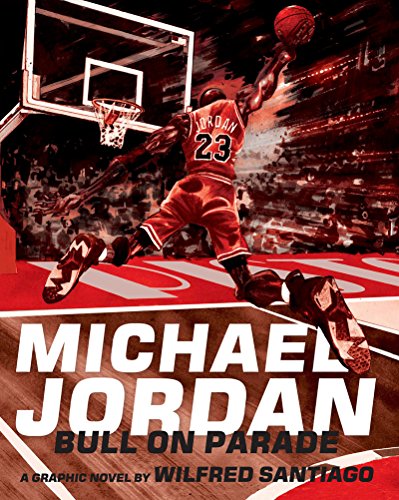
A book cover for Michael Jordan: Bull On Parade; Wilfred Santiago; Biographies & Memoirs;